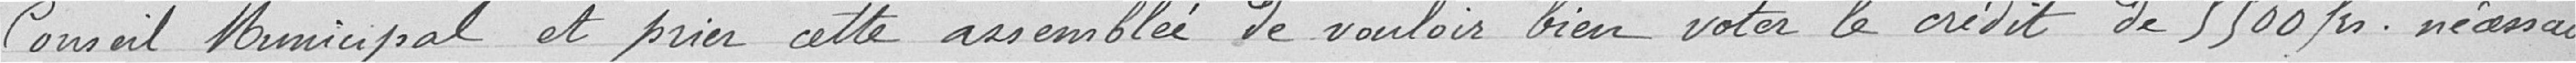
Conseil municipal et prier cette assemblée de vouloir bien voté le crédit de 5500 Fr. le nécessaire